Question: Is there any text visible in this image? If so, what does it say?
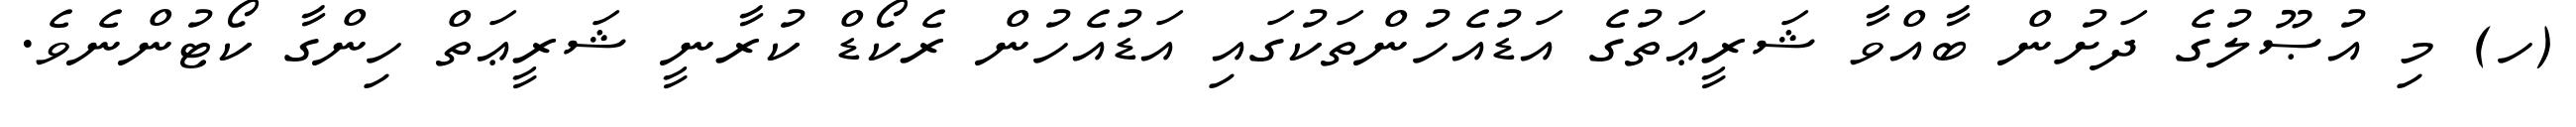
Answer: (ހ) މި އުޞޫލުގެ ދަށުން ބާއްވާ ޝަރީޢަތުގެ އަޑުއެހުންތަކުގައި އަޑުއެހުން ރެކޯޑް ކުރާނީ ޝަރީޢަތް ހިންގާ ކޯޓުންނެވެ.